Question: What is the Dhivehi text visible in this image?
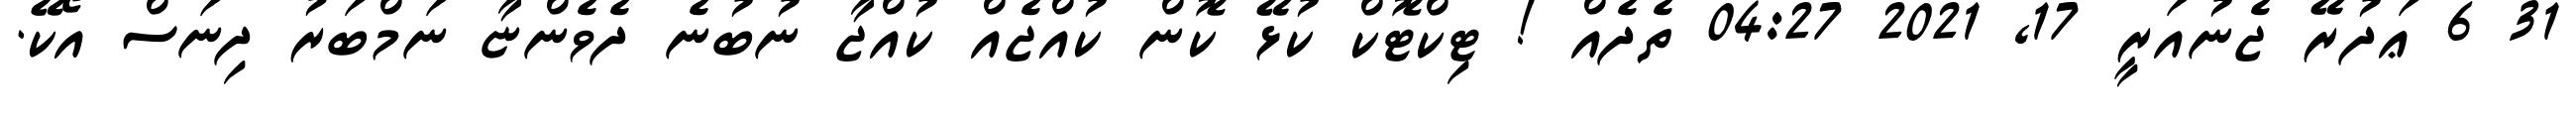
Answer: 31 6 ޢަދުރޭ ޖެނުއަރީ 17, 2021 04:27 ތެދެއް ! ޓިކްޓޮކް ކުޅޭ ކޮން ކުއްޖެއް ކުއްޖާ ނުބުނެ ދެވެންޏާ ނަމްބަރު ދިނަސް އޯކޭ.